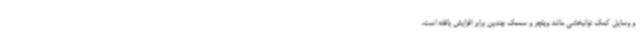
و وسایل کمک توانبخشی مانند ویلچر و سمعک چندین برابر افزایش یافته است،